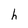
Character: h